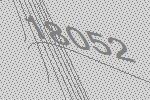
18052